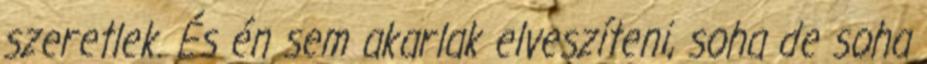
szeretlek. És én sem akarlak elveszíteni, soha de soha